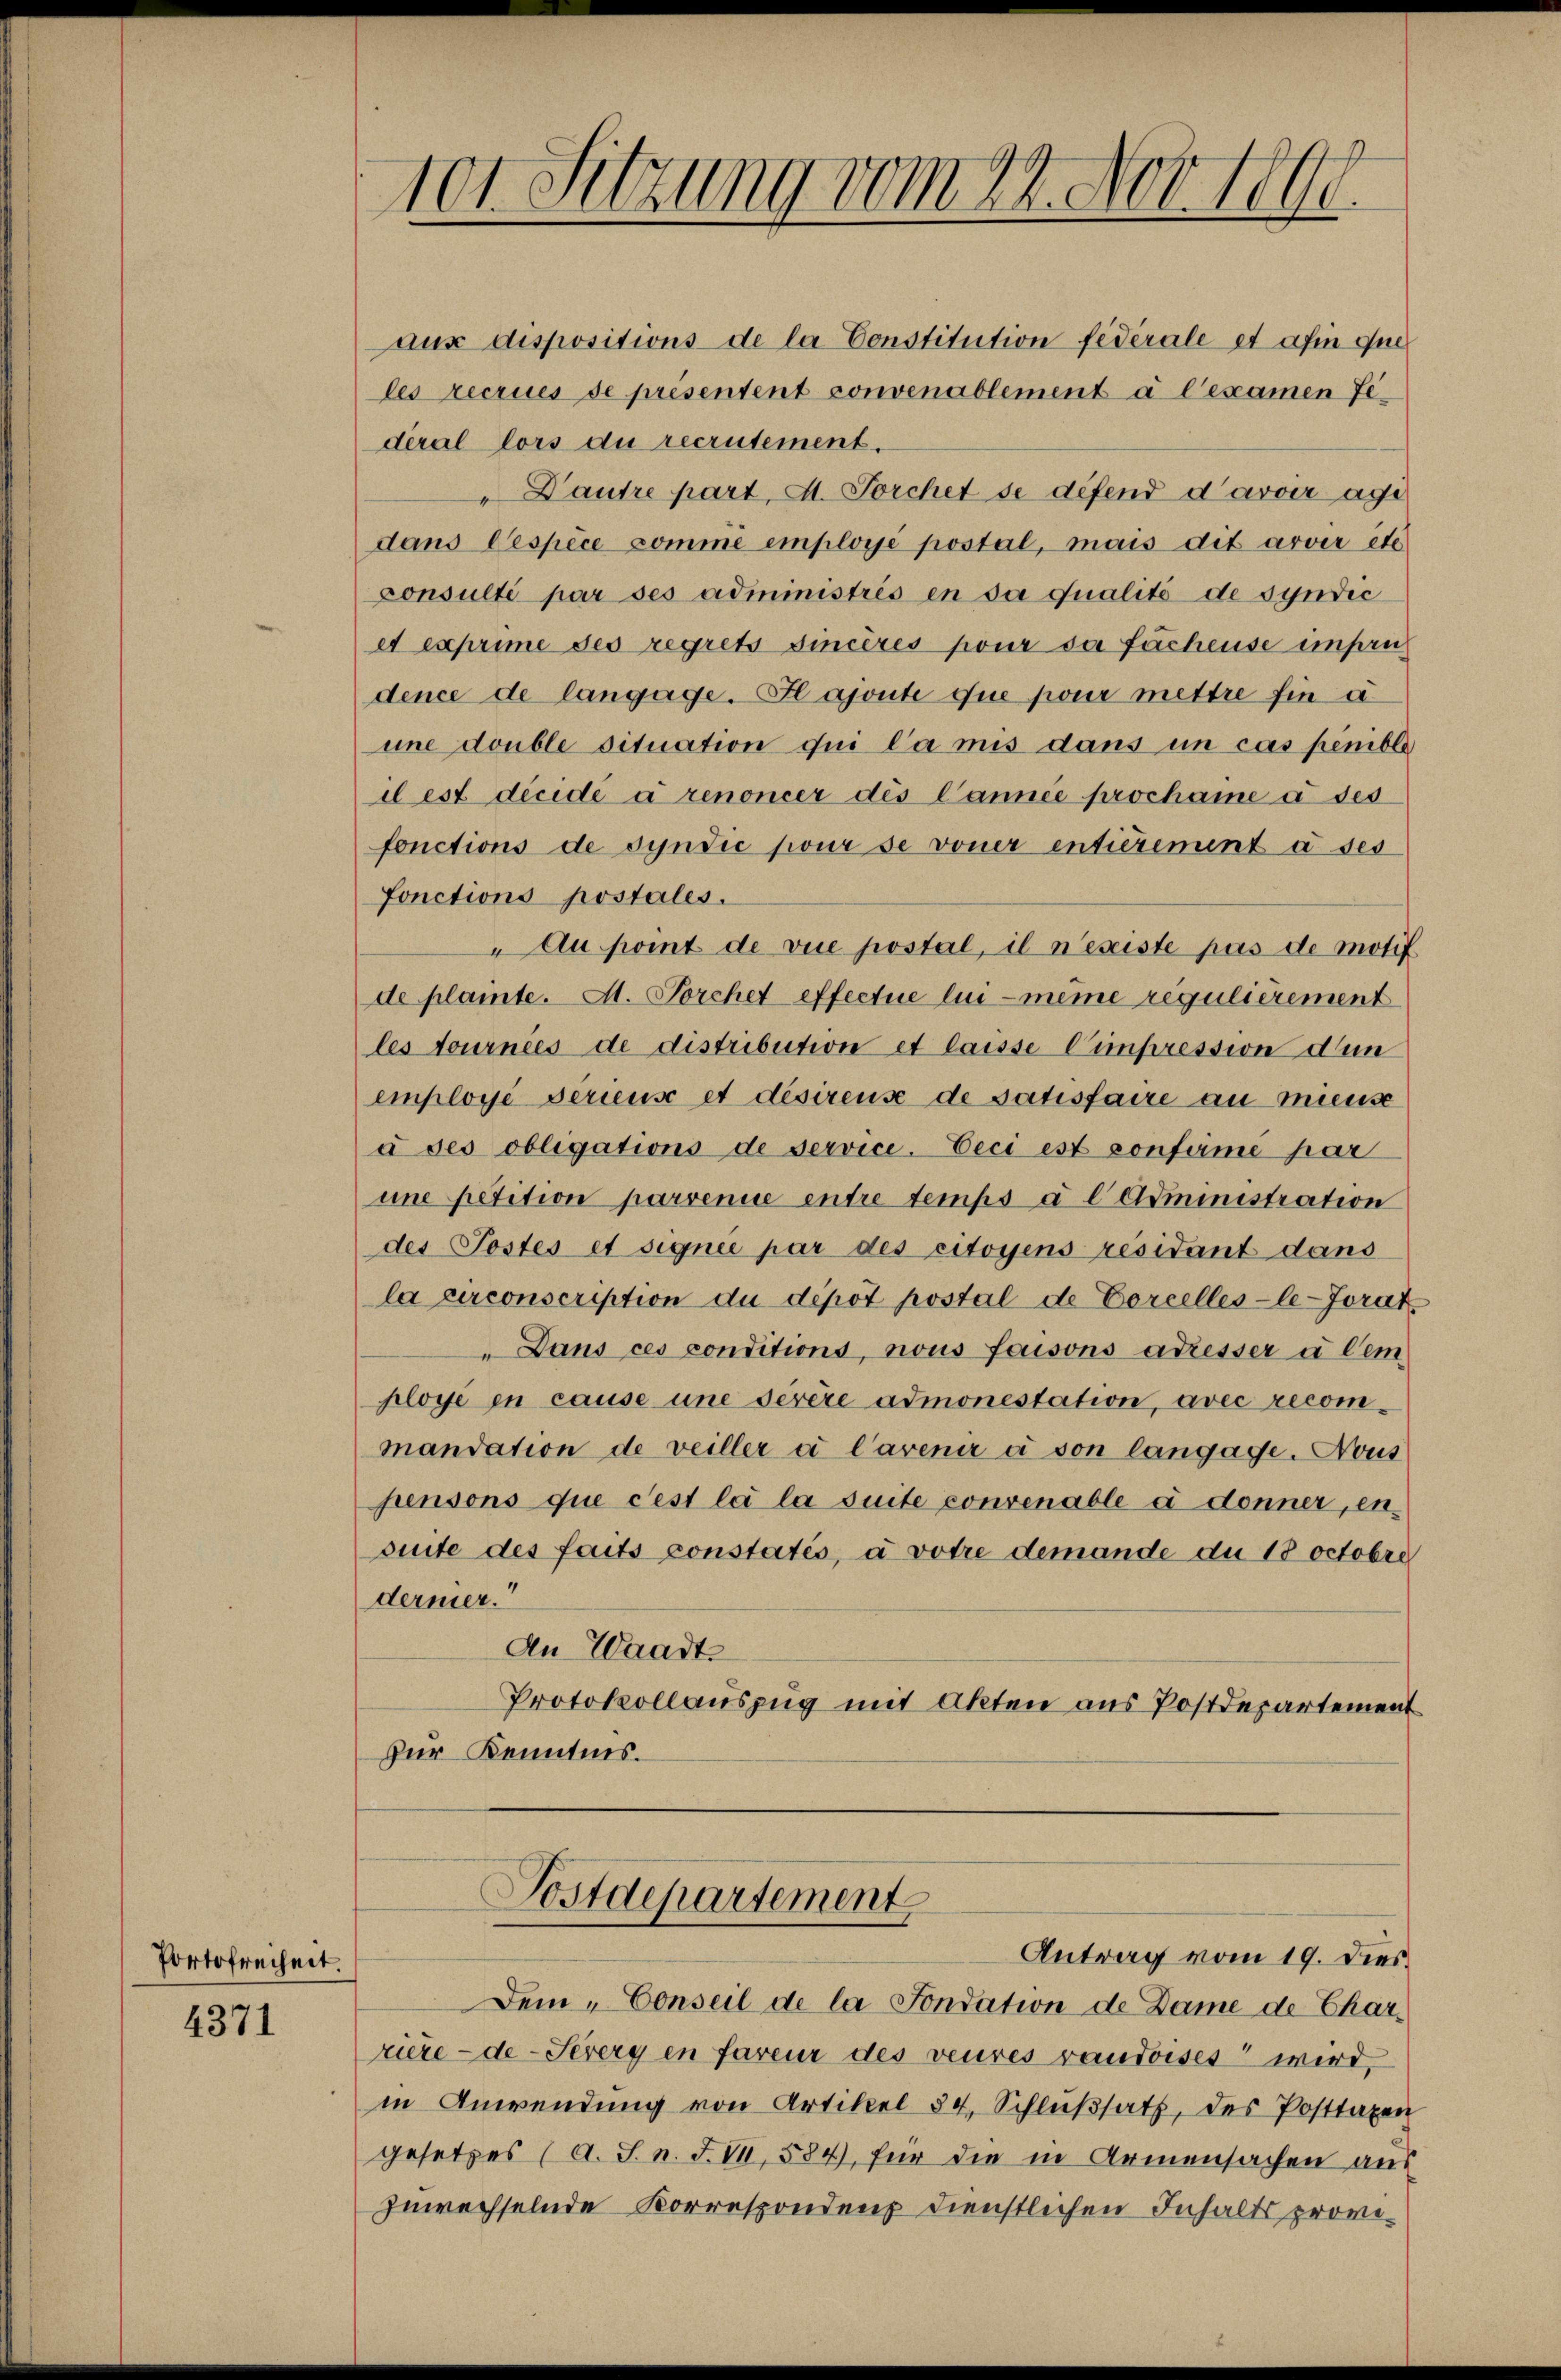
Portofreiheit.

4371

101 Setzung vom 22. Nov. 1890.

aus dispositions de la Constitution fédérale et afin que
les recrues se presentent convenablement à l’examen Jederal lors du recrutement.
"Dautre part, A. Forchet se défend davoir agi
dans Cespèce comme employé postal, mais dit arvir etc.
Consulté par ses administrés en da qualité de syndic
et exprime des regrets sincères pour da fachense insendence de langage. Il ajoute que pour mettre hin a
une double situation qui la mis dans in cas penible
dest décidé à renoncer des Cannée prochame à ses
fonctions de Syndic pour se voner enticrement à ses
fonctions postales.
Au pomt de vue postal, il n’existe pas de motif
de plante. A. Forchet effectue lui-même regulièrement
les Journies de distribution et laisse Cimpression den
einploge Serieuse et desirens de satisfaire au mieuse
à ses obligations de service-Eeci est confirmé par
une petition parvenue entre temps à l Administration
des Postes et signée par des citoyens résidant dans
la circonscription du dépôt postal de Percelles-le-Jorat
" Dans ces conditions, nous fouisons adresser u dem
ployé en cause une serere admonestation, avec recommandation de veiller e l’avenir à son langage. Nous
pensons que cest la la suite convenable à donner, en
suite des faits constatés, à votre demande du 18 octobre
dermer.
An Waadt
Protokollauszug mit Akten aus Postdepartement
zur Kenntnis.

Postdepartement
Antrag vom 19. Dies

Dem Conseil de la Sondation de Dame de Charriere - de - Severy en fareur des veures vaudoises wird,
in Anwendung von Artikel 34, Schlußsatz, des Posttaxen
gesetzes (A. S. n. F. VII, 584, für die in Armensachen aus
zuwechselnde Korrespondenz dienstlichen Inhalts provi¬